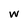
Character: w